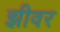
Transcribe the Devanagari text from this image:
झीवर